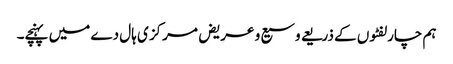
ہم چارلفٹوں کے ذریعے وسیع و عریض مرکز ی ہال دے میں پہنچے۔